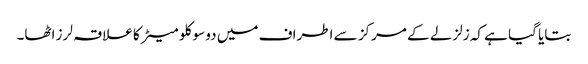
بتایا گیا ہے کہ زلزلے کے مرکز سے اطراف میں دو سو کلو میٹر کا علاقہ لرز اٹھا۔